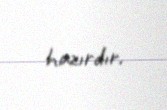
hazırdır.